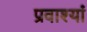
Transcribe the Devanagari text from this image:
प्रवाश्यां